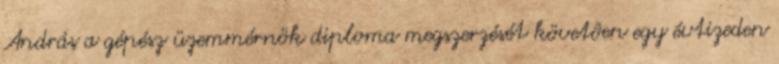
András a gépész üzemmérnök diploma megszerzését követôen egy évtizeden